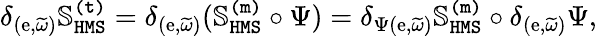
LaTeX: \delta_{(\mathrm{e},\widetilde{\omega})}\mathbb{S}_{\mathtt{HMS}}^{\mathtt{(t)}}=\delta_{(\mathrm{e},\widetilde{\omega})}(\mathbb{S}_{\mathtt{HMS}}^{\mathtt{(m)}}\circ\Psi)=\delta_{\Psi(\mathrm{e},\widetilde{\omega})}\mathbb{S}_{\mathtt{HMS}}^{\mathtt{(m)}}\circ\delta_{(\mathrm{e},\widetilde{\omega})}\Psi,